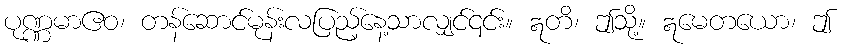
ပုဏ္ဏမာဧဝ၊ တန်ဆောင်မုန်းလပြည့်နေ့သာလျှင်၎င်း။ ဣတိ၊ ဤသို့။ ဣမေတယော၊ ဤ